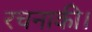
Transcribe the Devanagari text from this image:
रचनाकी।